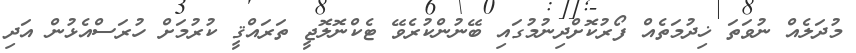
މުދަލެއް ނުވަތަ ޚިދުމަތެއް ފޯރުކޮށްދިނުމުގައި ބޭނުންކުރެވޭ ޓެކްނޮލޮޖީ ތަރައްޤީ ކުރުމަށް ހުރަސްއެޅުން އަދި